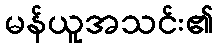
မန်ယူအသင်း၏